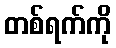
တစ်ရက်ကို